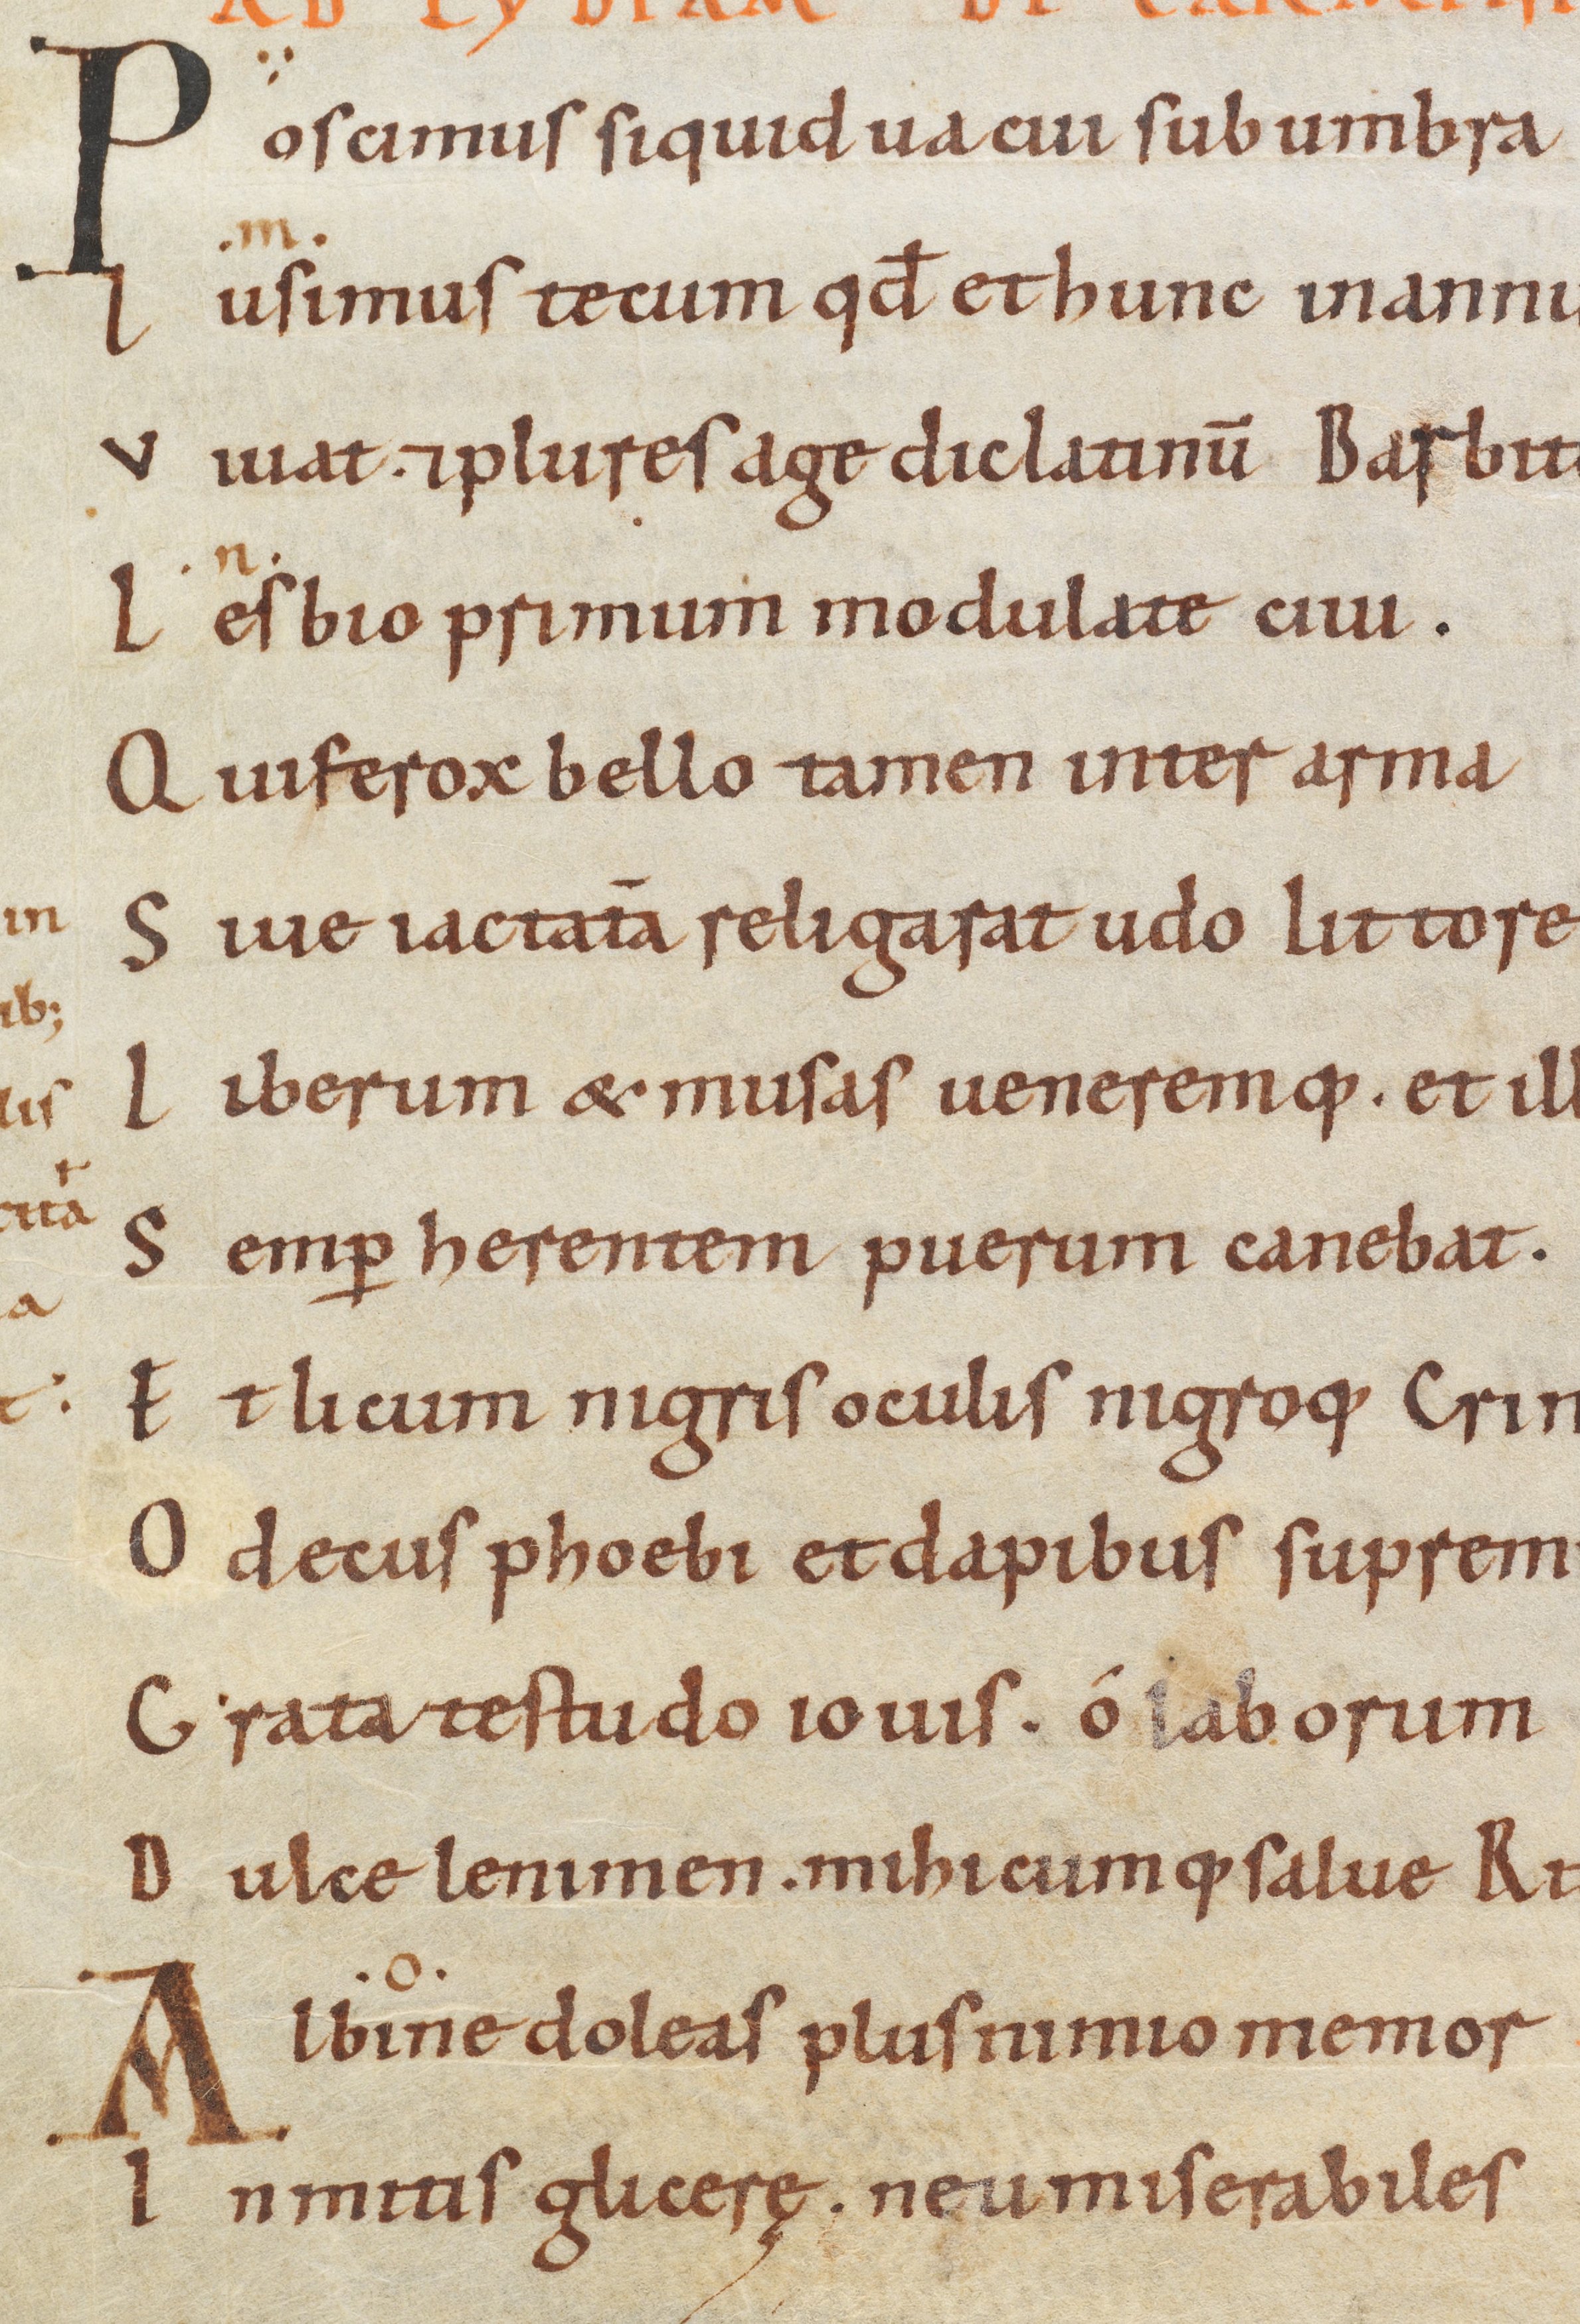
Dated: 900–999